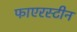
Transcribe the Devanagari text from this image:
फाएरस्टीन